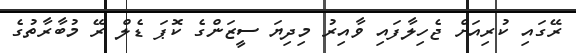
ރޭގައި ކުރިއަށް ޖެހިލާފައި ވާއިރު މިދިޔަ ސީޒަންގެ ކޮޕަ ޑެލް ރޭ މުބާރާތުގެ